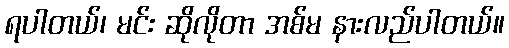
ရပါတယ်၊ မင်း ဆိုလိုတာ အစ်မ နားလည်ပါတယ်။